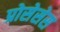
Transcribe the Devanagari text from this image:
प्रोसेसेस